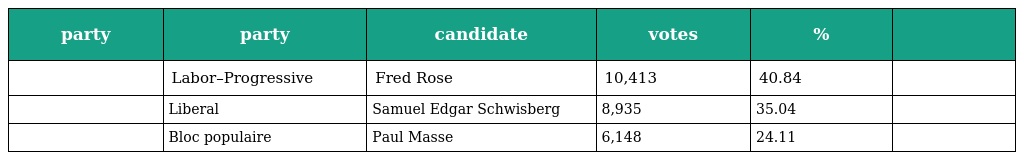
| party | party | candidate | votes | % |  |
 | --- | --- | --- | --- | --- | --- |
 |  | Labor–Progressive | Fred Rose | 10,413 | 40.84 |  |
 |  | Liberal | Samuel Edgar Schwisberg | 8,935 | 35.04 |  |
 |  | Bloc populaire | Paul Masse | 6,148 | 24.11 |  |